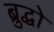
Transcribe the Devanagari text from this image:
ब्रुद्धो